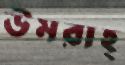
উমরাহ্‌